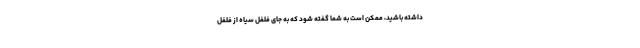
داشته باشید، ممکن است به شما گفته شود که به جای فلفل سیاه از فلفل